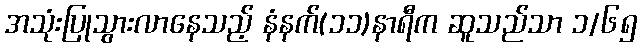
အသုံးပြုသွားလာနေသည့် နံနက်(၁၁)နာရီက ဆူသည်သာ ၁/၆၅